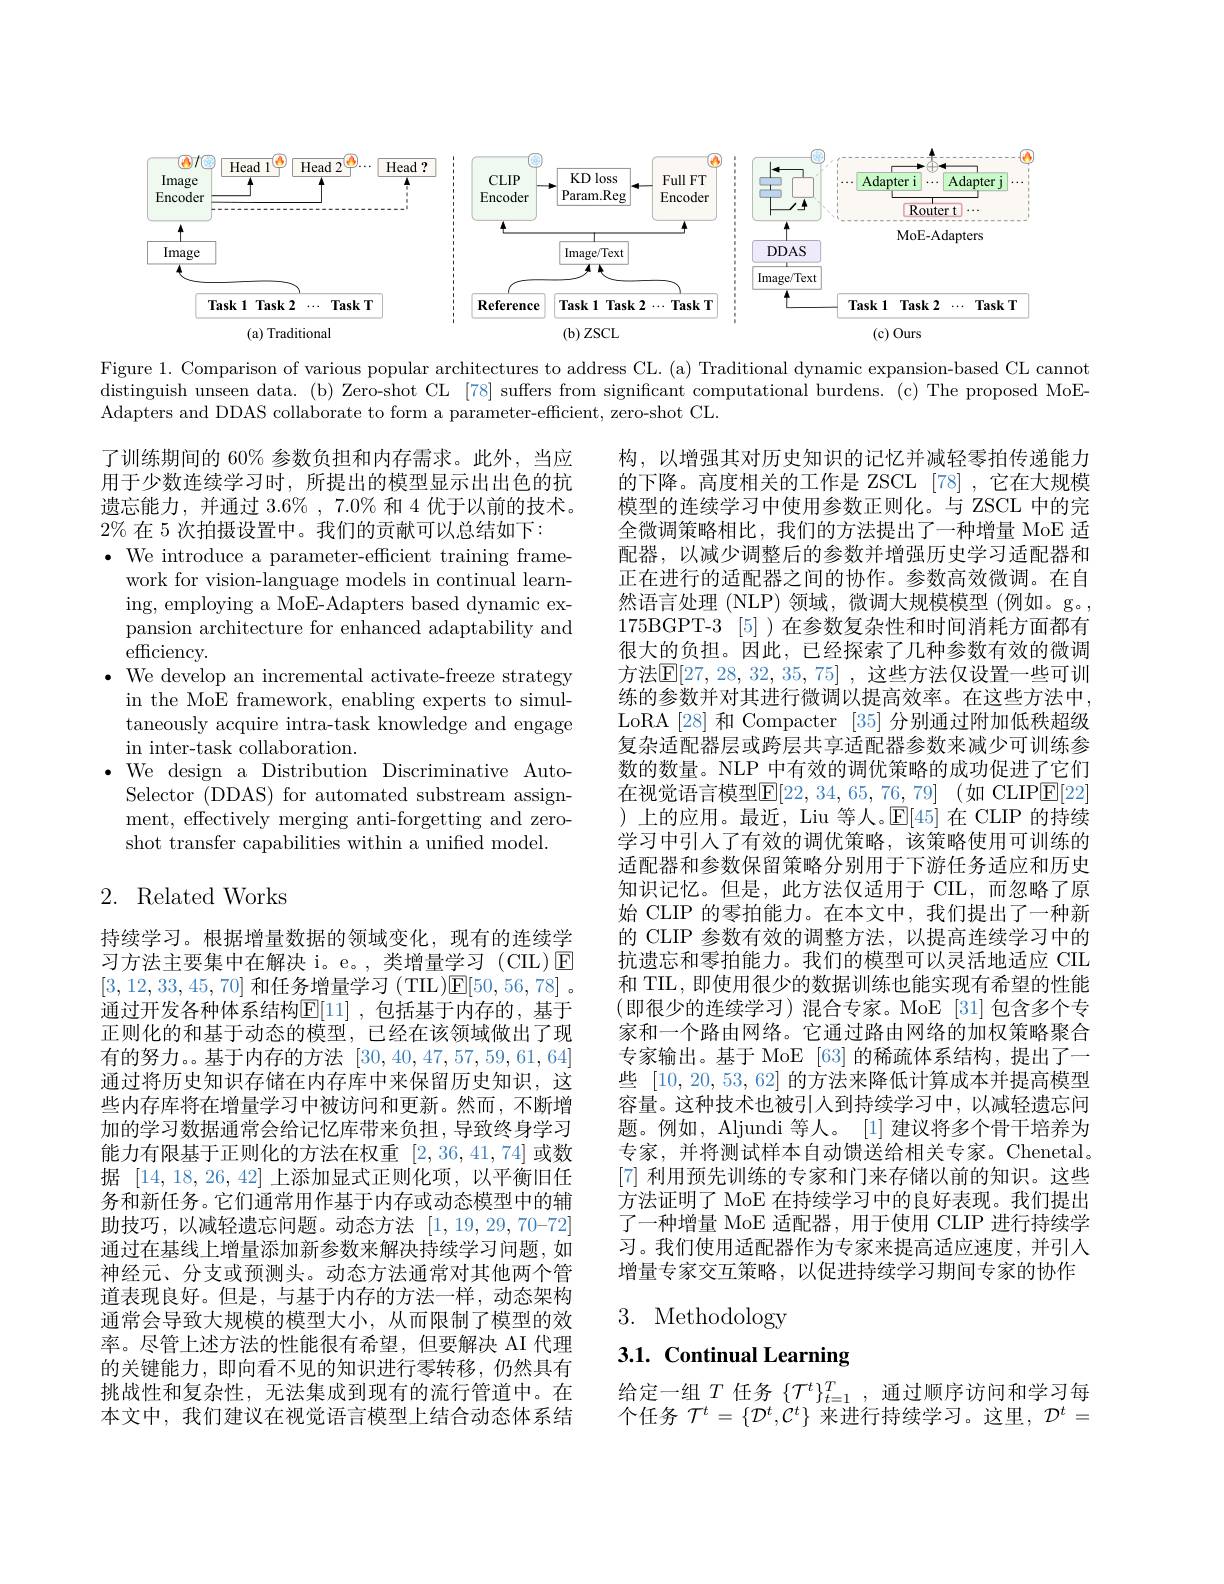
<FigureHere>

Figure 1. Comparison of various popular architectures to address CL. (a) Traditional dynamic expansion-based CL cannot distinguish unseen data. (b) Zero-shot CL [78] suffers from significant computational burdens. (c) The proposed MoEAdapters and DDAS collaborate to form a parameter-efficient, zero-shot CL.

了训练期间的 60% 参数负担和内存需求。此外，当应用于少数连续学习时，所提出的模型显示出出色的抗遗忘能力，并通过 3.6% , 7.0% 和 4 优于以前的技术。$2\%$在 5 次拍摄设置中。我们的贡献可以总结如下：
$\bullet$ We introduce a parameter-efficient training frame-
work for vision-language models in continual learning, employing a MoE-Adapters based dynamic expansion architecture for enhanced adaptability and ${\mathrm{efficiency.}}$
$\bullet$ We develop an incremental activate-freeze strategy
in the MoE framework, enabling experts to simultaneously acquire intra-task knowledge and engage in inter-task collaboration.
$\bullet$ We design a Distribution Discriminative Auto-
Selector (DDAS) for automated substream assignment, effectively merging anti-forgetting and zeroshot transfer capabilities within a unified model.

构，以增强其对历史知识的记忆并减轻零拍传递能力的下降。高度相关的工作是 ZSCL[78],它在大规模模型的连续学习中使用参数正则化。与 ZSCL 中的完全微调策略相比，我们的方法提出了一种增量 MoE 适配器，以减少调整后的参数并增强历史学习适配器和正在进行的适配器之间的协作。参数高效微调。在自然语言处理(NLP)领域，微调大规模模型(例如。g。, 175BGPT-3 [5])在参数复杂性和时间消耗方面都有很大的负担。因此，已经探索了几种参数有效的微调方法$\mathbb{E}[27,28,32,35,75]$ ,这些方法仅设置一些可训练的参数并对其进行微调以提高效率。在这些方法中， LoRA[28]和 Compacter [35]分别通过附加低秩超级复杂适配器层或跨层共享适配器参数来减少可训练参数的数量。NLP 中有效的调优策略的成功促进了它们在视觉语言模型$\boxed{\mathbf{F} }[ 22, 34, 65, 76, 79]$ (如 CLIP$\boxed{\mathbf{F}}[22]$ )上的应用。最近，Liu 等人。$\mathbb{E}[45]$在 CLIP 的持续学习中引人了有效的调优策略，该策略使用可训练的适配器和参数保留策略分别用于下游任务适应和历史知识记忆。但是，此方法仅适用于 CIL,而忽略了原始 CLIP 的零拍能力。在本文中，我们提出了一种新的 CLIP 参数有效的调整方法，以提高连续学习中的抗遗忘和零拍能力。我们的模型可以灵活地适应 CIL 和 TIL, 即使用很少的数据训练也能实现有希望的性能(即很少的连续学习)混合专家。MoE [31]包含多个专家和一个路由网络。它通过路由网络的加权策略聚合专家输出。基于 MoE [63] 的稀疏体系结构，提出了一些[10,20,53,62]的方法来降低计算成本并提高模型容量。这种技术也被引人到持续学习中，以减轻遗忘问题。例如，Aljundi 等人。[1] 建议将多个骨干培养为专家，并将测试样本自动馈送给相关专家。Chenetal。[7]利用预先训练的专家和门来存储以前的知识。这些方法证明了 MoE 在持续学习中的良好表现。我们提出了一种增量 MoE 适配器，用于使用 CLIP 进行持续学习。我们使用适配器作为专家来提高适应速度，并引入增量专家交互策略，以促进持续学习期间专家的协作3. Methodology

# 2. Related Works

持续学习。根据增量数据的领域变化，现有的连续学习方法主要集中在解决 i。e。,类增量学习(CIL)E [3,12,33,45,70]和任务增量学习(TIL)$\mathsf E[50,56,78]$ 。通过开发各种体系结构$\mathbb{E}[11]$,包括基于内存的，基于正则化的和基于动态的模型，已经在该领域做出了现有的努力。。基于内存的方法[30,40,47,57,59,61,64] 通过将历史知识存储在内存库中来保留历史知识，这些内存库将在增量学习中被访问和更新。然而，不断增加的学习数据通常会给记忆库带来负担，导致终身学习能力有限基于正则化的方法在权重[2,36,41,74]或数据[14,18,26,42]上添加显式正则化项，以平衡旧任务和新任务。它们通常用作基于内存或动态模型中的辅助技巧，以减轻遗忘问题。动态方法$[1,19,29,70–72]$ 通过在基线上增量添加新参数来解决持续学习问题，如神经元、分支或预测头。动态方法通常对其他两个管道表现良好。但是，与基于内存的方法一样，动态架构通常会导致大规模的模型大小，从而限制了模型的效率。尽管上述方法的性能很有希望，但要解决 AI 代理的关键能力，即向看不见的知识进行零转移，仍然具有挑战性和复杂性，无法集成到现有的流行管道中。在本文中，我们建议在视觉语言模型上结合动态体系结

3.1. Continual Learning

给定一组$T$任务$\{\mathcal{T}^t\}_t=1^T$,通过顺序访问和学习每个任务$\mathcal{T}^t=\{\mathcal{D}^t,\mathcal{C}^t\}$来进行持续学习。这里，$\mathcal{D}^t=$